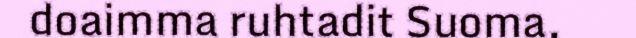
doaimma ruhtadit Suoma,